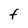
Character: F